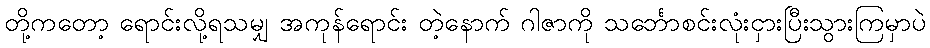
တို့ကတော့ ရောင်းလို့ရသမျှ အကုန်ရောင်း တဲ့နောက် ဂါဇာကို သင်္ဘောစင်းလုံးငှားပြီးသွားကြမှာပဲ